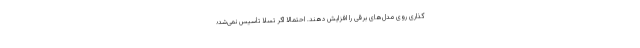
‌گذاری روی مدل‌های برقی را افزایش دهند. احتمالا اگر تسلا تأسیس نمی‌شد؛